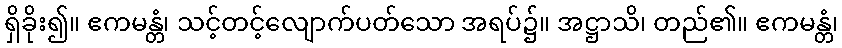
ရှိခိုး၍။ ဧကမန္တံ၊ သင့်တင့်လျောက်ပတ်သော အရပ်၌။ အဋ္ဌာသိ၊ တည်၏။ ဧကမန္တံ၊